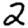
Digit: 2